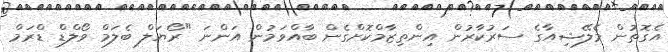
އެގޮތުން މެލޭޝިއާގެ ސަރުކާރުން އިންތިޒާމްކޮށްގެން ބާއްވަމުން އަންނަ "ރޯޔަލް ބެލަމް ވޯލްޑް ޑްރަމް